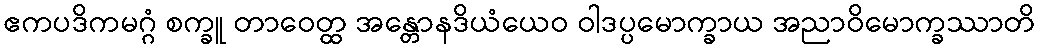
ဧကပဒိကမဂ္ဂံ စက္ခူ တာဝေတ္ထ အန္တောနဒိယံယေဝ ဝါဒပ္ပမောက္ခာယ အညာဝိမောက္ခဿာတိ